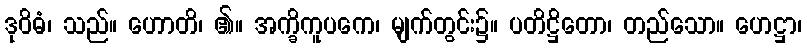
ဒုဝိဓံ၊ သည်။ ဟောတိ၊ ၏။ အက္ခိကူပကေ၊ မျက်တွင်း၌။ ပတိဋ္ဌိတော၊ တည်သော။ ဟေဋ္ဌာ၊